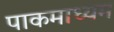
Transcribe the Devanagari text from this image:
पाकमाध्यम